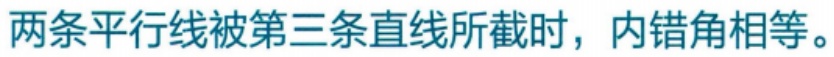
两条平行线被第三条直线所截时，内错角相等。